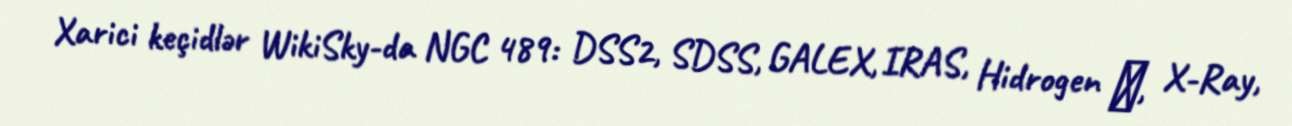
Xarici keçidlər WikiSky-da NGC 489: DSS2, SDSS, GALEX, IRAS, Hidrogen α, X-Ray,